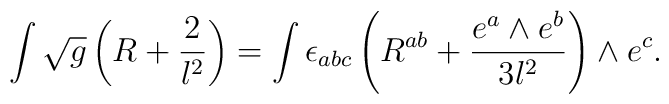
\int \sqrt{g} \left(R + \frac{2}{l^2} \right) = \int \epsilon_{abc}\left(R^{ab} + \frac{e^a \wedge e^b}{3l^2} \right) \wedge e^c.